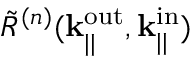
\Tilde { R } ^ { ( n ) } ( \mathbf { k } _ { | | } ^ { \mathrm { o u t } } , \mathbf { k } _ { | | } ^ { \mathrm { i n } } )